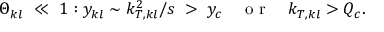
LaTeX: \Theta _ { k l } \ \ll \ 1 : y _ { k l } \sim k _ { T , k l } ^ { 2 } / s \; > \; y _ { c } \quad \textrm { o r } \quad k _ { T , k l } > Q _ { c } .